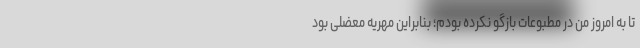
تا به امروز من در مطبوعات بازگو نکرده بودم؛ بنابراین مهریه معضلی بود